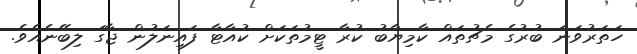
ހަތަރުވަނަ ބުރުގެ މެޗުތައް ކާމިޔާބު ކުރާ ޓީމުތަކަށް ކުއާޓާ ފައިނަލުން ޖާގަ ލިބޭނެއެވެ.